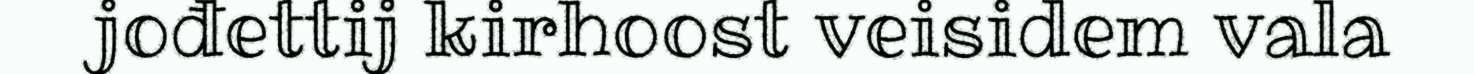
jođettij kirhoost veisidem vala